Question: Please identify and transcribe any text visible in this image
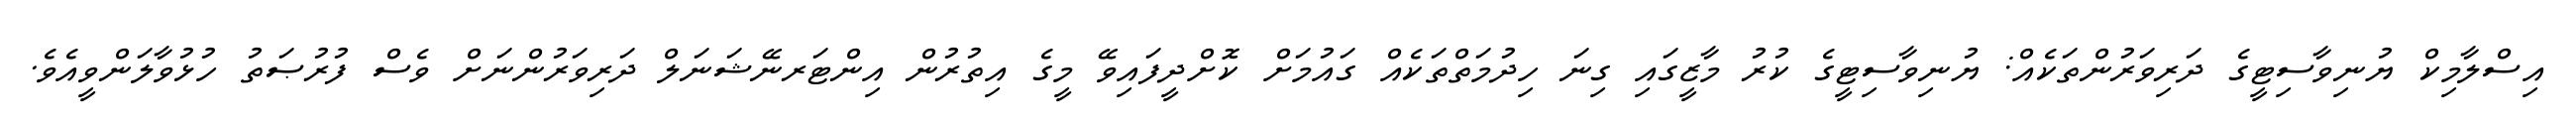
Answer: އިސްލާމިކް ޔުނިވާސިޓީގެ ދަރިވަރުންތަކެއް: ޔުނިވާސިޓީގެ ކުރު މާޒީގައި ގިނަ ހިދުމަތްތަކެއް ގައުމަށް ކޮށްދީފައިވޭ މީގެ އިތުރުން އިންޓަރނޭޝަނަލް ދަރިވަރުންނަށް ވެސް ފުރުޞަތު ހުޅުވާލަންވީއެވެ.